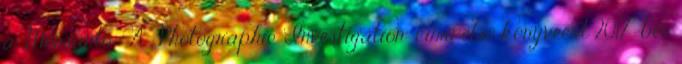
a „Monsanto®: A Photographic Investigation” című első könyvéért 2017-ben